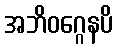
အဘိဝဂ္ဂေနပိ